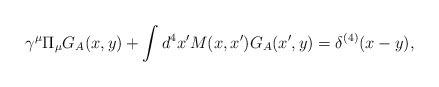
\begin{align*}\gamma^\mu \Pi_\mu G_A(x,y) + \int d^4x' M(x,x') G_A(x',y) = \delta^{(4)}(x-y),\end{align*}